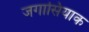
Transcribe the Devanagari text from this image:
जगासियाक